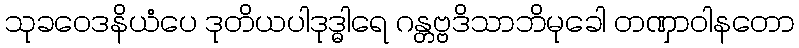
သုခဝေဒနိယံပေ ဒုတိယပါဒုဒ္ဓါရေ ဂန္တဗ္ဗဒိသာဘိမုခေါ တဏှာဝါနတော